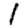
Digit: 1